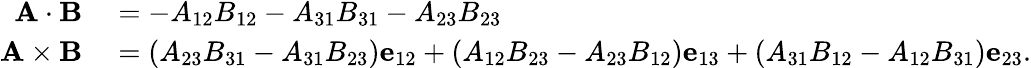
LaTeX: \begin{array}{rl}{\mathbf{A}\cdot\mathbf{B}}&{{}=-A_{12}B_{12}-A_{31}B_{31}-A_{23}B_{23}}\\ {\mathbf{A}\times\mathbf{B}}&{{}=(A_{23}B_{31}-A_{31}B_{23})\mathbf{e}_{12}+(A_{12}B_{23}-A_{23}B_{12})\mathbf{e}_{13}+(A_{31}B_{12}-A_{12}B_{31})\mathbf{e}_{23}.}\end{array}